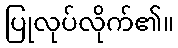
ပြုလုပ်လိုက်၏။